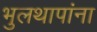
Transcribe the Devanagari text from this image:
भुलथापांना